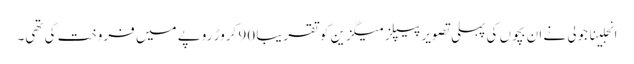
انجلینا جولی نے ان بچوں کی پہلی تصویر پیپلز میگزین کو تقریبا 90 کروڑ روپے میں فروخت کی تھی۔